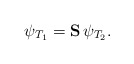
\begin{align*}\psi_{T_1}= \mbox{{\bf S}}\, \psi_{T_2}.\end{align*}